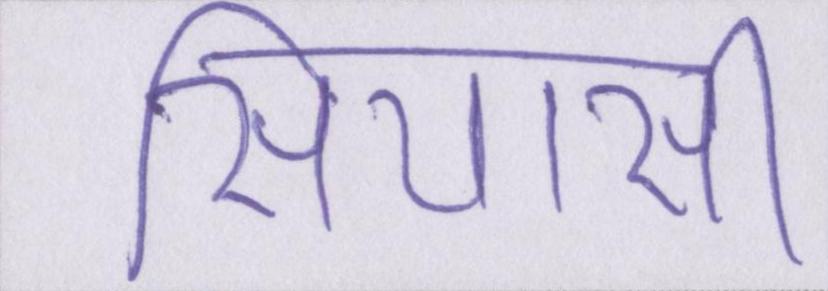
सियासी